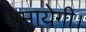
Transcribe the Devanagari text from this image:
थमायेगी।